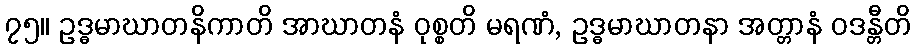
၇၅။ ဥဒ္ဓမာဃာတနိကာတိ အာဃာတနံ ဝုစ္စတိ မရဏံ, ဥဒ္ဓမာဃာတနာ အတ္တာနံ ဝဒန္တီတိ